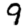
Digit: 9